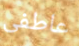
عاطفى